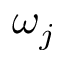
\omega _ { j }